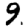
Digit: 9